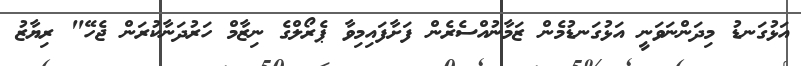
އަޅުގަނޑު މިދަންނަވަނީ އަޅުގަނޑުމެން ޒަމާނުއްސެރެން ފަށާފައިމިވާ ޕެރޯލްގެ ނިޒާމް ހަރުދަނާކުރަން ޖެހޭ" ރިޔާޒު